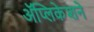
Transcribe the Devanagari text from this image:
ॲप्लिकेशने